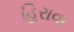
હિરાવા